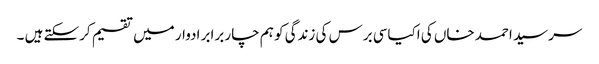
سرسید احمد خاں کی اکیاسی برس کی زندگی کو ہم چار برابر ادوار میں تقسیم کرسکتے ہیں ۔